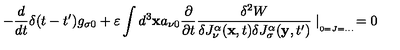
- \frac { d } { d t } \delta ( t - t ^ { \prime } ) g _ { \sigma 0 } + \varepsilon \int d ^ { 3 } \mathbf { x } a _ { \nu 0 } \frac { \partial } { \partial t } \frac { \delta ^ { 2 } W } { \delta J _ { \nu } ^ { \alpha } ( \mathbf { x } , t ) \delta J _ { \sigma } ^ { \alpha } ( \mathbf { y } , t ^ { \prime } ) } \mid _ { _ { _ { 0 = J = . . . } } } = 0